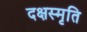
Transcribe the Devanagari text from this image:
दक्षस्मृति